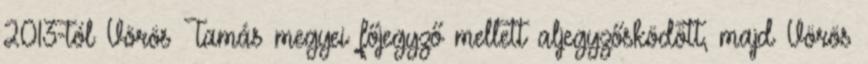
2013-tól Vörös Tamás megyei főjegyző mellett aljegyzősködött, majd Vörös